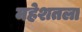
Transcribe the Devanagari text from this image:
महेशतला